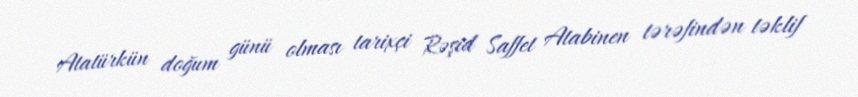
Atatürkün doğum günü olması tarixçi Rəşid Saffet Atabinen tərəfindən təklif